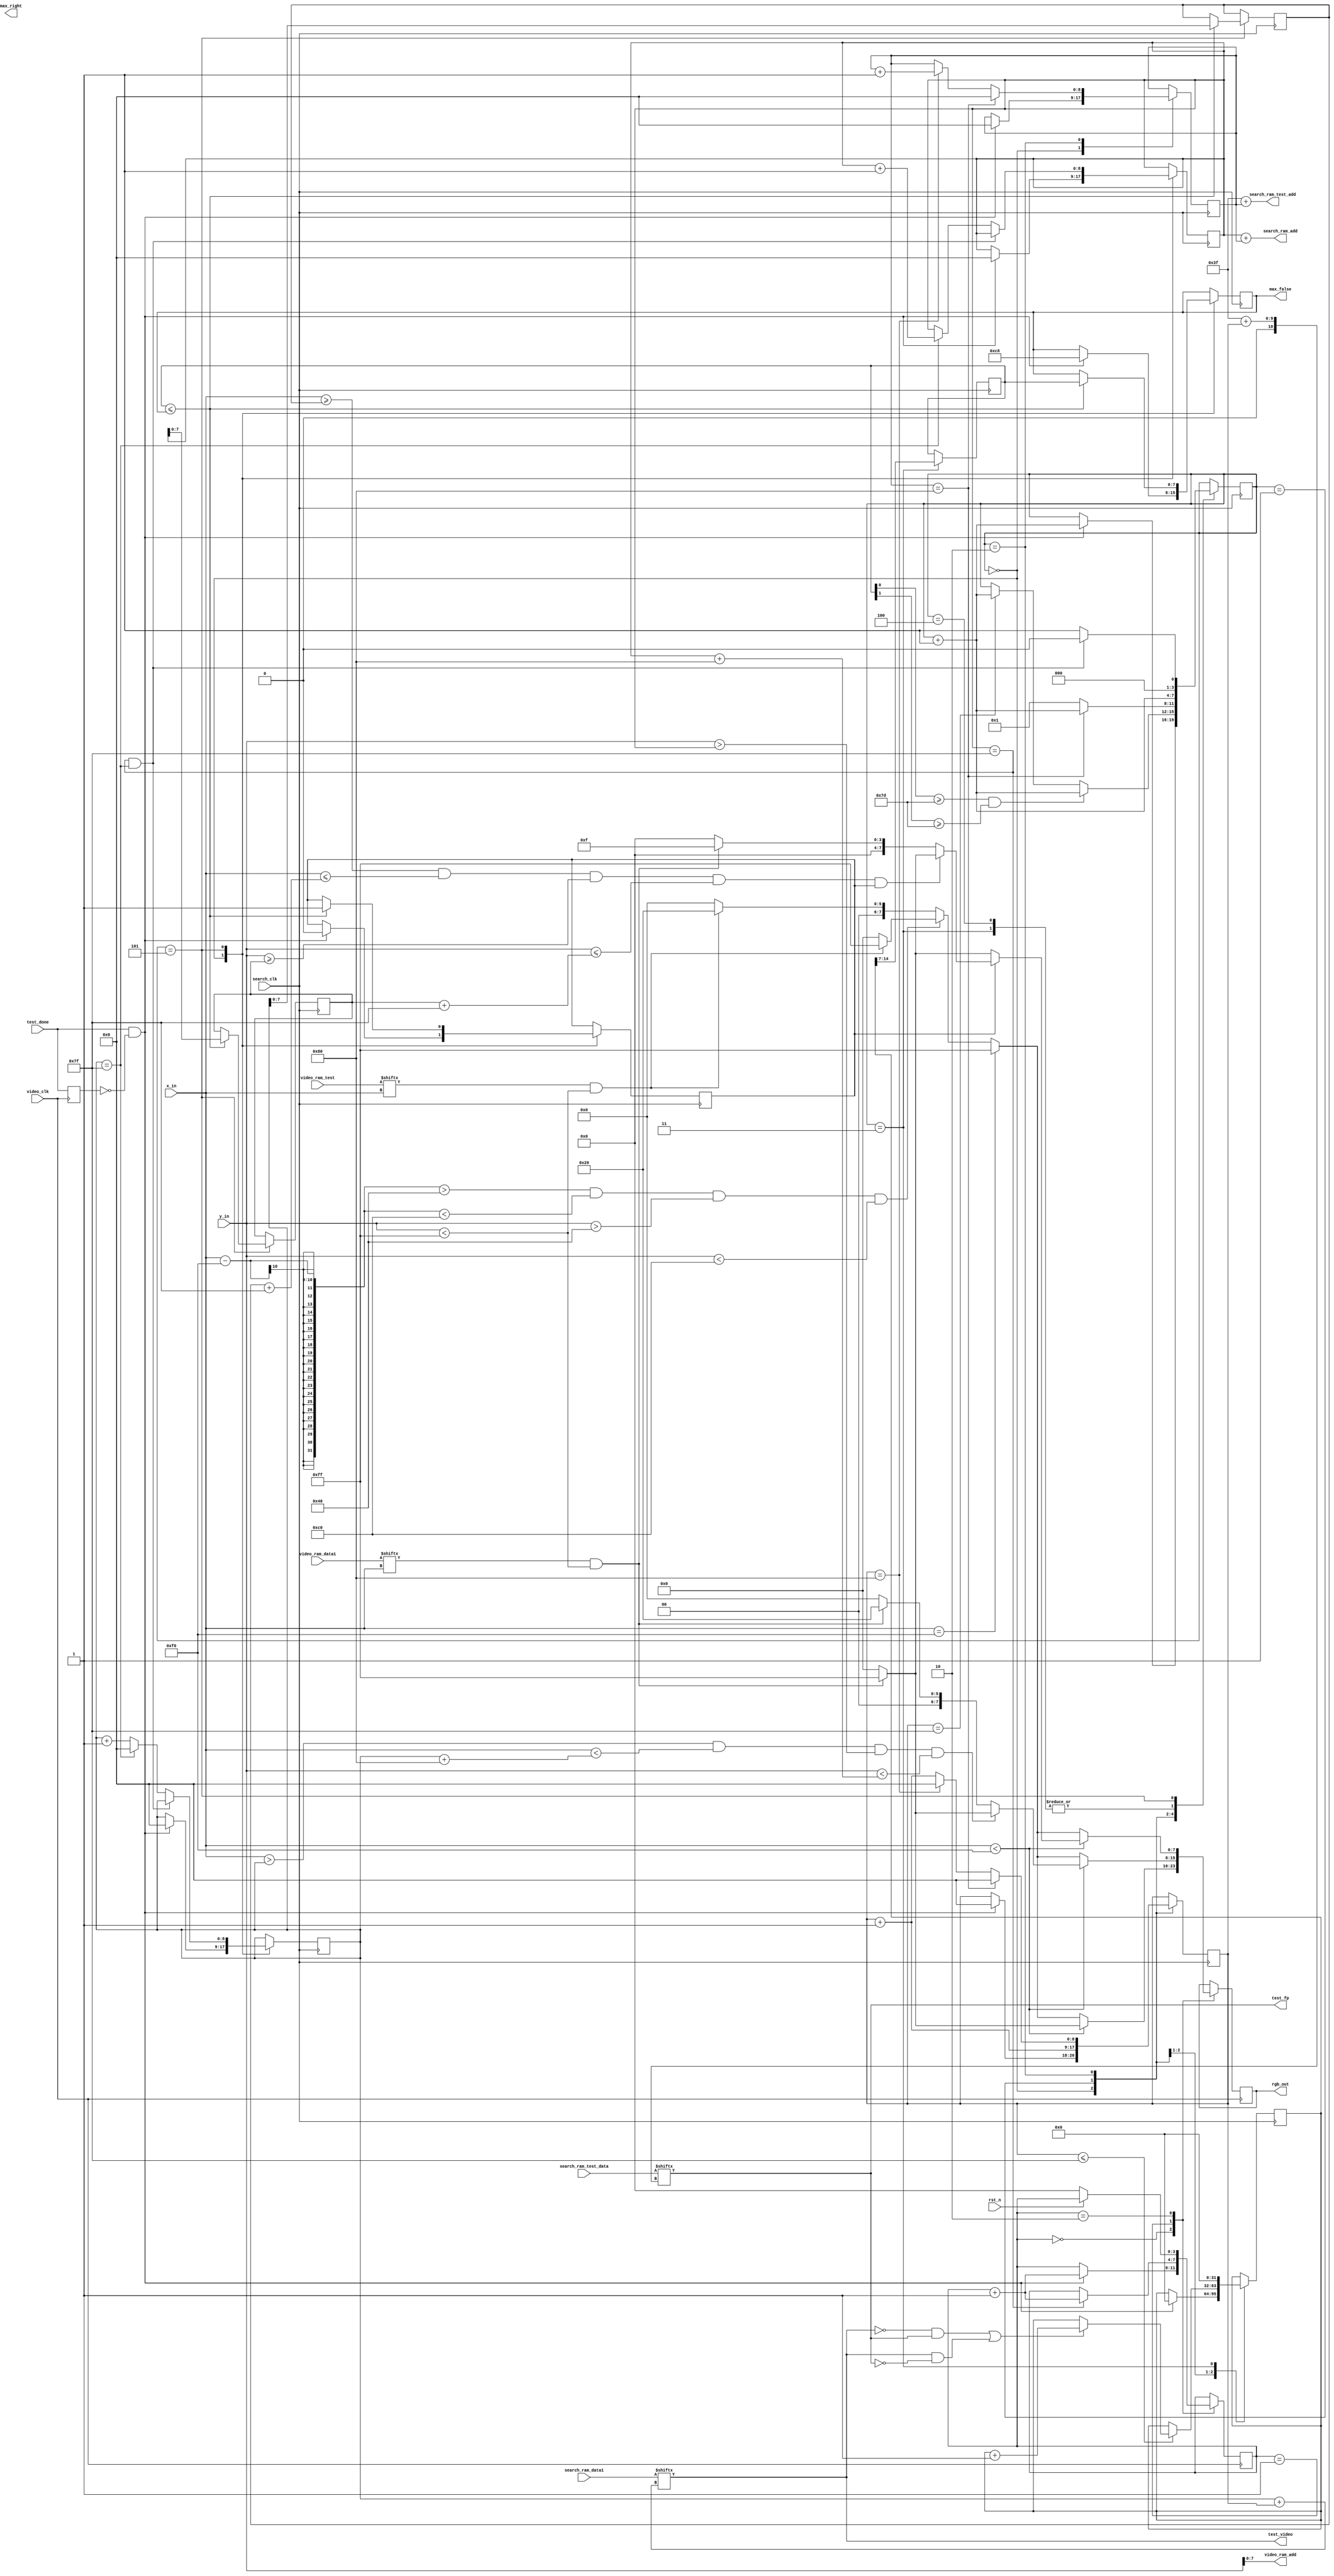
module display (
	input 				video_clk,search_clk,    // Clock
	input				rst_n,
	
	input [9:0] 		x_in,
	input [9:0] 		y_in,

	input				test_done,
	//显示的图像数据
	output 	   [7:0] 	video_ram_add,
	input [255:0] 		video_ram_data1,
	input [255:0]		video_ram_test,
	//搜索匹配的图像数据
	input [255:0] 		search_ram_data1,search_ram_test_data,
	output[8:0] 		search_ram_test_add,search_ram_add,

	output reg[7:0]     max_false,max_right,
	output test_video,test_fp,

	output reg [7:0] 	rgb_out 	
);

parameter		RIGHT_THES 		= 16'd0; //  匹配点 在 30% 以上 (fp有 test 有)
parameter		FALSE_THES_PRE 	= 16'd100;//非匹配点 在 100% 以下 (fp有 test 无 fp无 test有) ,
parameter		FALSE_THES 	 	= FALSE_THES_PRE * 5 / 4;//  宏定义为实际值的四分之五大小

reg [17:0] right_cnt,right_full;
reg [31:0] false_cnt;
reg [7:0]  right_percnt,false_percnt;
reg [ 3:0] state = 0;

assign test_video = search_ram_data1    [win_x + search_x];
assign test_fp	  = search_ram_test_data[63    + search_x];

assign	video_ram_add = y_in[7:0];

reg t_r;
always@(posedge video_clk) t_r <= test_done;

//显示 测试图像
always@(posedge video_clk) begin
	case (state)
		4'd0: begin //正常显示 fp1 fp2
			if(x_in < 10'd240)begin // 左半边显示第一个指纹 二值
				rgb_out <= (video_ram_data1[x_in] & y_in < 255)?8'hff:0;
			end
			else if(x_in == 240) rgb_out <= 8'hff;
			else begin // 右半边显示 匹配 二值化图像
				if(x_in - 240 > 64 & x_in - 240 < 64 + 128 & y_in > 64 & y_in < 64 + 128)
					rgb_out <= (video_ram_test[x_in] & y_in < 255)?8'hff:0;
				else
					rgb_out <= (video_ram_test[x_in] & y_in < 255)?8'h20:0;
			end

			if (test_done & !t_r) begin
				state <= state + 1;
			end
		end

		4'd1:begin //128 * 128 卷积
			if(x_in < 10'd240)begin // 左半边显示第一个指纹 二值
				if(x_in > win_x & x_in  < win_x + 128 & y_in > win_y & y_in < win_y + 128)
					rgb_out <= (video_ram_data1[x_in] & y_in < 255)?8'hff:0;
				else 
					rgb_out <= (video_ram_data1[x_in] & y_in < 255)?8'H20:0;
			end
			else if(x_in == 240) rgb_out <= 8'hff;
			else begin // 右半边显示 匹配 二值化图像
				if(x_in - 240 > 64 & x_in - 240 < 64 + 128 & y_in > 64 & y_in < 64 + 128)
					rgb_out <= (video_ram_test[x_in] & y_in < 255)?8'hff:0;
				else
					rgb_out <= (video_ram_test[x_in] & y_in < 255)?8'h20:0;
			end


			//状态转移判断
			if (win_y == 9'd127) begin
				state <= state + 1;
			end
		end

		4'd2:begin//显示结果
			if(x_in < 10'd240)begin // 左半边显示第一个指纹 二值
				if (!max_en)	rgb_out <= (video_ram_data1[x_in] & y_in < 255)?8'hff:0;
				else if (x_in >= max_x && x_in <= max_x + 127 && y_in >= max_y && y_in <= max_y + 127 && max_en) begin
					rgb_out <=  (video_ram_data1[x_in] & y_in < 255)?8'hfF:0;
				end
				else 
					rgb_out <= (video_ram_data1[x_in] & y_in < 255)?8'h0f:0;
			end
			else if(x_in == 240) rgb_out <= 8'hff;
			else begin // 右半边显示 匹配 二值化图像
				if(x_in - 240 > 64 & x_in - 240 < 64 + 128 & y_in > 64 & y_in < 64 + 128)
					rgb_out <= (video_ram_test[x_in] & y_in < 255)?8'hff:0;
				else
					rgb_out <= (video_ram_test[x_in] & y_in < 255)?8'h20:0;
			end

			if (!rst_n) begin
				state <= 0;
			end
		end

	endcase
end

//快速匹配 算法
// 搜索范围 = win_x + win_y (左上点) ——> (win_x + search_x) + (win_y + search_y) (右下点) 
reg [3:0] search_state; //匹配状态机
reg [8:0] search_x,search_y; // x: 需要匹配的128个行内点 在 返回的 256 行点的匹配起点，y: 窗口坐标 + y = 范围
reg [8:0] win_x,win_y; //搜索窗口 128 * 128 在 256 * 288 中 左上点的坐标
//最高匹配度及其坐标
// reg [15:0] max_right,max_false;
reg [7:0]  max_x,max_y;
reg  	   max_en;

assign search_ram_add = win_y + search_y;
assign search_ram_test_add = 63 + search_y;

always@(posedge search_clk)
	case (search_state)
		4'd0:begin	//等待测试图像输入
			if (test_done & !t_r) begin
				//起始坐标归零
				win_x <= 0;
				win_y <= 0;
				search_x <= 0;
				search_y <= 0;
				// max_right <= 10;
				max_false <= 200;
				max_en <= 0;

				//统计 归零
				right_full <= 0;
				false_cnt <= 0;
				right_cnt <= 0;

				search_state <= search_state + 1;
			end
		end

		4'd1:begin //快速匹配 横向窗口数据
			//数据统计
			if (search_x <= 9'd127) begin
				// if 	   (search_ram_data1[win_x + search_x] & search_ram_test_data[128 + win_x] ) right_cnt <= right_cnt + 1; //fp1 有 test 有
				if( (!search_ram_data1[win_x + search_x] &&  search_ram_test_data[63 + search_x]) || 
				(     search_ram_data1[win_x + search_x] && !search_ram_test_data[63 + search_x]) ) false_cnt <= false_cnt + 1; //fp1 有 test 无 fp1 无 test 有 
				// if(search_ram_data1[win_x + search_x]) right_full <= right_full + 1;
			end

			//地址卷积递增
			search_x <= search_x + 1;

			//状态跳转
			if (false_percnt[0] >= FALSE_THES && false_percnt[1] >= FALSE_THES ) begin
				search_state <= search_state + 1;//非匹配点太多了，直接跳到下一个匹配
			end
			else if (search_x == 9'd127) begin // 横向搜索完成
				search_state <= search_state + 1;
			end
		end

		4'd2:begin//纵向卷积叠加 search_x y 
			if (search_y == 9'd128) begin // 128*128 搜索 128*128次后正常退出 (纵向搜索完成)
				search_x <= 0;
				search_y <= 0;

				search_state <= search_state + 1;
			end
			else begin
				if (search_x == 9'd128) begin
					search_x <= 0;
					search_y <= search_y + 1;
				end
				else search_x <= search_x + 1;

				search_state <= 4'd1;
			end
		end

		4'd3:begin //计算百分比
			// right_percnt <= right_cnt * 16'd100 / right_full; 
			false_percnt <= false_cnt[31:7]; //(false_cnt * 32'd100) >> 14;

			// right_full <= 0;
			// right_cnt <= 0;
			false_cnt <= 0;

			search_state <= search_state + 1;
		end

		4'd4: search_state <= search_state + 1;

		4'd5:begin//比较 当前卷积值 与 过往取最大值& false_percnt < FALSE_THES
			// 计算最优值
			if(false_percnt <= max_false ) begin
				// max_right <= right_percnt ;
				max_false <= false_percnt ;
				max_x <= win_x;
				max_y <= win_y;
				max_en <= 1;
			end
			else max_x <= max_x;

 			// 卷积完成 状态转移
			if (win_y == 9'd127 && win_x == 9'd127) begin
				search_state <= 0;
			end
			else begin
				if (win_x == 9'd127) begin
					win_x <= 0;
					win_y <= win_y + 1;
				end
				else win_x <= win_x + 1;

				search_state <= 4'd1;
			end
		end

	endcase

endmodule